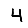
Digit: 4